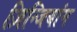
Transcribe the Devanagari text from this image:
ज़िन्जियांग